Report of an investigation of the epidemic of malarial fever in Assam, or, kala-azar
Disease focus: Malaria
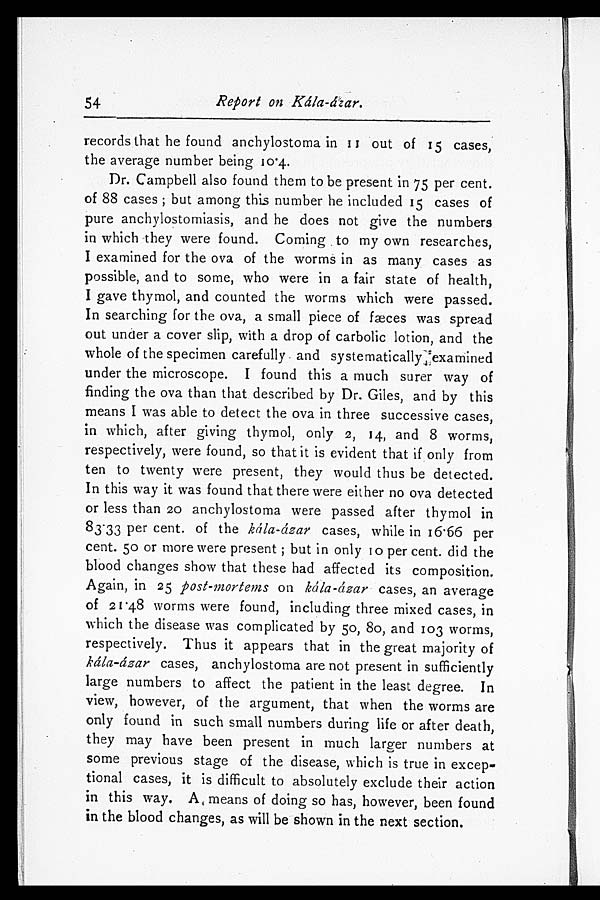
54
Report on Kála-ázar.
records that he found anchylostoma in 11 out of 15 cases,
the average number being 10.4.
Dr. Campbell also found them to be present in 75 per cent.
of 88 cases; but among this number he included 15 cases of
pure anchylostomiasis, and he does not give the numbers
in which they were found. Coming to my own researches,
I examined for the ova of the worms in as many cases as
possible, and to some, who were in a fair state of health,
I gave thymol, and counted the worms which were passed.
In searching for the ova, a small piece of fæces was spread
out under a cover slip, with a drop of carbolic lotion, and the
whole of the specimen carefully and systematically examined
under the microscope. I found this a much surer way of
finding the ova than that described by Dr. Giles, and by this
means I was able to detect the ova in three successive cases,
in which, after giving thymol, only 2, 14, and 8 worms,
respectively, were found, so that it is evident that if only from
ten to twenty were present, they would thus be detected.
In this way it was found that there were either no ova detected
or less than 20 anchylostoma were passed after thymol in
8 3 . 3 3 p e r c e n t . o f t h e k á l a - á z a r
c a s e s , w h i l e i n 1 6 . 6 6 p e r
cent. 50 or more were present; but in only 10 per cent. did the
blood changes show that these had affected its composition.
Again, in 25 post-mortems on kála-ázar cases, an average
of 21.48 worms were found, including three mixed cases, in
which the disease was complicated by 50, 80, and 103 worms,
respectively. Thus it appears that in the great majority of
kála-ázar cases, anchylostoma are not present in sufficiently
large numbers to affect the patient in the least degree. In
view, however, of the argument, that when the worms are
only found in such small numbers during life or after death,
they may have been present in much larger numbers at
some previous stage of the disease, which is true in excep
- t i o n a l c a s e s , i t i s d i f f i c u l t t o a b s o l u t e l y e x c l u d e t h e i r a c t i o n
in this way. A means of doing so has, however, been found
in the blood changes, as will be shown in the next section.